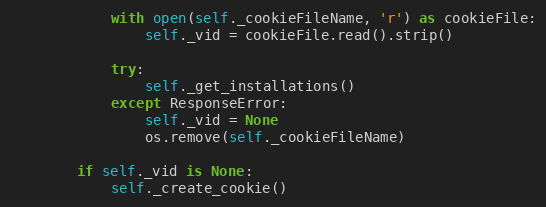
Language: Python
            with open(self._cookieFileName, 'r') as cookieFile:
                self._vid = cookieFile.read().strip()

            try:
                self._get_installations()
            except ResponseError:
                self._vid = None
                os.remove(self._cookieFileName)

        if self._vid is None:
            self._create_cookie()